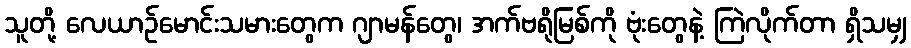
သူတို့ လေယာဉ်မောင်းသမားတွေက ဂျာမန်တွေ၊ အက်ဗရိုမြစ်ကို ဗုံးတွေနဲ့ ကြဲလိုက်တာ ရှိသမျှ